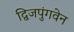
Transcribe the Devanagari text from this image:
द्विजपुंगवेन